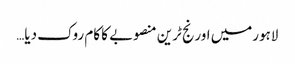
لاہورمیں اورنج ٹرین منصوبے کا کام روک دیا…